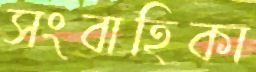
সংবাহিকা